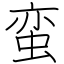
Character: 蛮